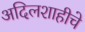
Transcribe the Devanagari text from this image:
अदिलशाहीचे